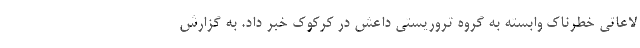
لاعاتی خطرناک وابسته به گروه تروریستی داعش در کرکوک خبر داد. به گزارش